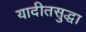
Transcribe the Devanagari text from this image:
यादीतसुद्धा